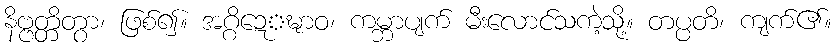
နိဗ္ဗတ္တိတွာ၊ ဖြစ်၍။ အဂ္ဂိဍ္ဍ္ဎောဝ၊ ကမ္ဘာပျက် မီးလောင်သကဲ့သို့။ တပ္ပတိ၊ ကျက်၏။